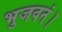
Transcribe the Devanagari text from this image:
भुजवनं।